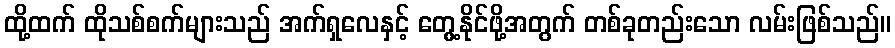
ထို့ထက် ထိုသစ်စက်များသည် အက်ရှလေနှင့် တွေ့နိုင်ဖို့အတွက် တစ်ခုတည်းသော လမ်းဖြစ်သည်။